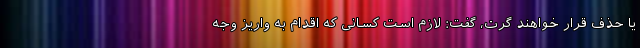
یا حذف قرار خواهند گرت، گفت: لازم است کسانی که اقدام به واریز وجه